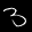
Label: 3